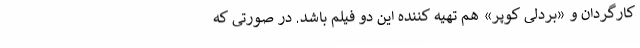
کارگردان و «بردلی کوپر» هم تهیه کننده این دو فیلم باشد. در صورتی که